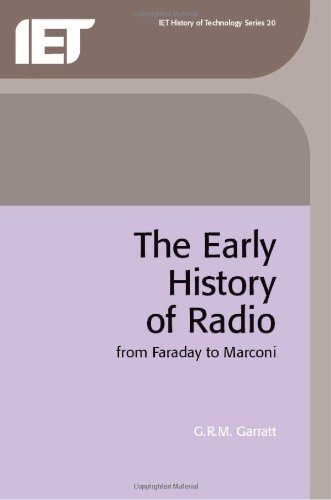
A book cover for The Early History of Radio: From Faraday to Marconi (I E E History of Technology Series); G.R.M. Garratt; Humor & Entertainment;